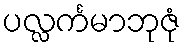
ပလ္လင်္ကမာဘုဇုံ